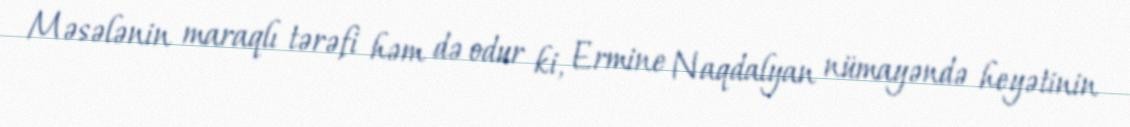
Məsələnin maraqlı tərəfi həm də odur ki, Ermine Naqdalyan nümayəndə heyətinin